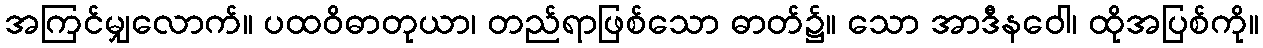
အကြင်မျှလောက်။ ပထဝိဓာတုယာ၊ တည်ရာဖြစ်သော ဓာတ်၌။ သော အာဒီနဝေါ၊ ထိုအပြစ်ကို။